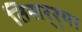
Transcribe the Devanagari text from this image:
तिसर्‍र्‍या